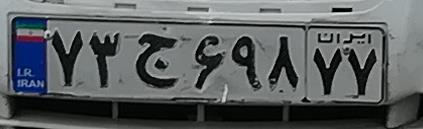
۷۳ج۶۹۸۷۷